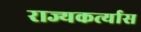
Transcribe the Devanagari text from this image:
राज्यकर्त्यास